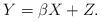
LaTeX: \begin{align*}Y=\beta X+Z.\end{align*}